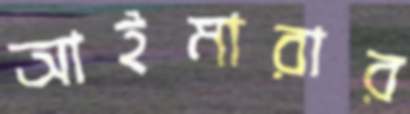
আইমারার